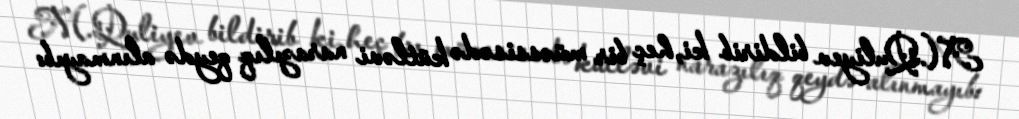
M.Quliyev bildirib ki, heç bir müəssisədə kütləvi narazılıq qeydə alınmayıb: